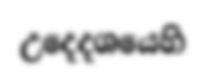
උදෙදශයෙහි